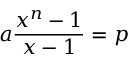
a { \frac { x ^ { n } - 1 } { x - 1 } } = p